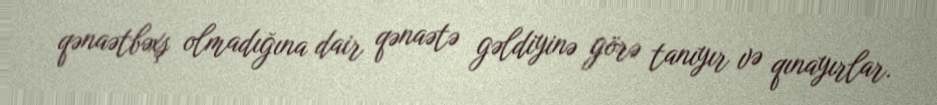
qənaətbəxş olmadığına dair qənaətə gəldiyinə görə tanıyır və qınayırlar.